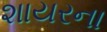
શાયરના